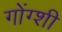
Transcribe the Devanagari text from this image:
गोंग्शी